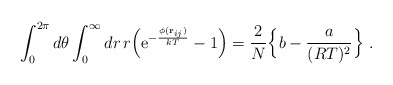
\begin{align*}\int_0^{2\pi}d\theta\int_0^\infty dr\, r\Bigl({\rm e}^{-{\phi({\bf r}_{ij})\over kT}}-1\Bigr)={2 \over N}\Bigl\{ b-{a \over (RT)^2}\Bigr\}\ .\end{align*}